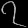
Digit: ၇